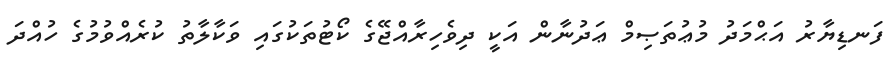
ފަނޑިޔާރު އަޙްމަދު މުޢުތަޞިމް ޢަދުނާން އަކީ ދިވެހިރާއްޖޭގެ ކޯޓުތަކުގައި ވަކާލާތު ކުރެއްވުމުގެ ހުއްދަ